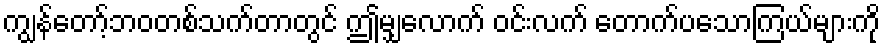
ကျွန်တော့်ဘဝတစ်သက်တာတွင် ဤမျှလောက် ဝင်းလက် တောက်ပသောကြယ်များကို